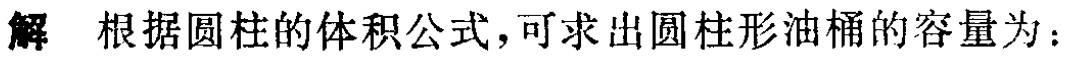
解 根据圆柱的体积公式，可求出圆柱形油桶的容量为：